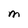
Character: M